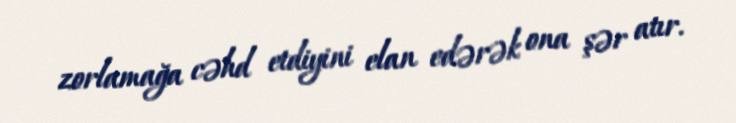
zorlamağa cəhd etdiyini elan edərək ona şər atır.